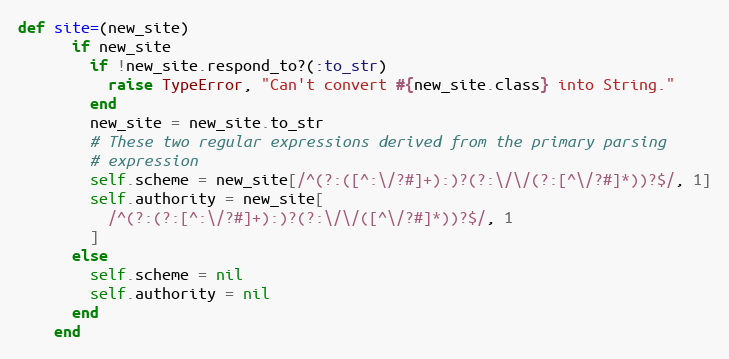
Language: Ruby
def site=(new_site)
      if new_site
        if !new_site.respond_to?(:to_str)
          raise TypeError, "Can't convert #{new_site.class} into String."
        end
        new_site = new_site.to_str
        # These two regular expressions derived from the primary parsing
        # expression
        self.scheme = new_site[/^(?:([^:\/?#]+):)?(?:\/\/(?:[^\/?#]*))?$/, 1]
        self.authority = new_site[
          /^(?:(?:[^:\/?#]+):)?(?:\/\/([^\/?#]*))?$/, 1
        ]
      else
        self.scheme = nil
        self.authority = nil
      end
    end